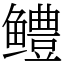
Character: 鳢